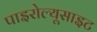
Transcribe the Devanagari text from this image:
पाइरोल्यूसाइट